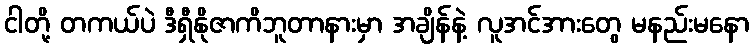
ငါတို့ တကယ်ပဲ ဒီရှီနိုဇာကိဘူတာနားမှာ အချိန်နဲ့ လူအင်အားတွေ မနည်းမနော